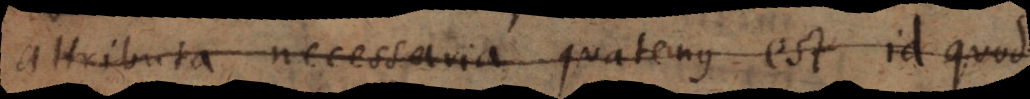
attributa necessaria quatenus est id quod